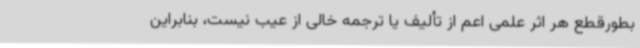
بطورقطع هر اثر علمی اعم از تألیف یا ترجمه خالی از عیب نیست، بنابراین